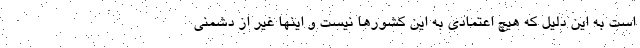
است به این دلیل که هیچ اعتمادی به این کشورها نیست و اینها غیر از دشمنی